画像に写った文字を読んでください
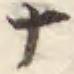
「ナ」と書いてあります